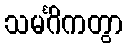
သမင်္ဂိကတွာ